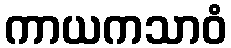
ကာယကသာဝံ